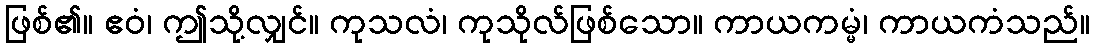
ဖြစ်၏။ ဧဝံ၊ ဤသို့လျှင်။ ကုသလံ၊ ကုသိုလ်ဖြစ်သော။ ကာယကမ္မံ၊ ကာယကံသည်။